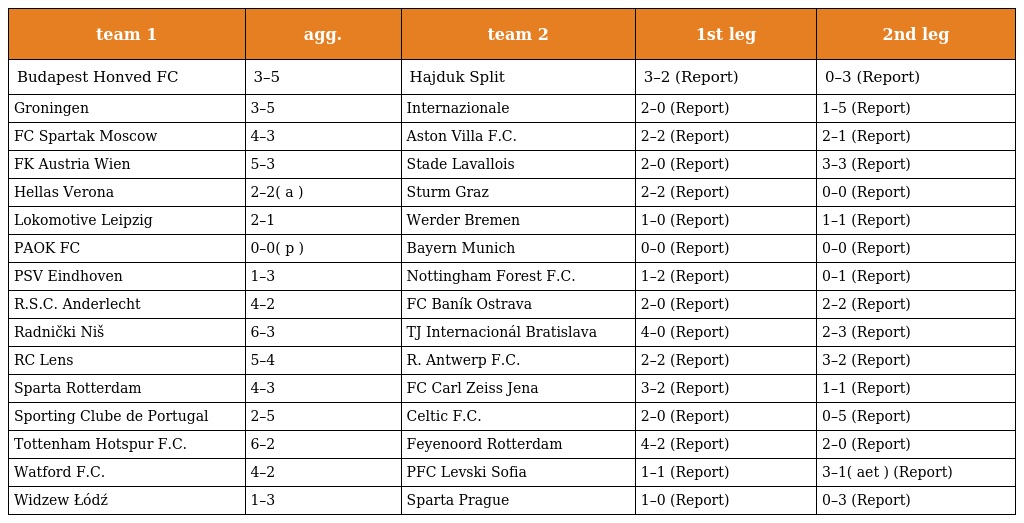
| team 1 | agg. | team 2 | 1st leg | 2nd leg |
 | --- | --- | --- | --- | --- |
 | Budapest Honved FC | 3–5 | Hajduk Split | 3–2 (Report) | 0–3 (Report) |
 | Groningen | 3–5 | Internazionale | 2–0 (Report) | 1–5 (Report) |
 | FC Spartak Moscow | 4–3 | Aston Villa F.C. | 2–2 (Report) | 2–1 (Report) |
 | FK Austria Wien | 5–3 | Stade Lavallois | 2–0 (Report) | 3–3 (Report) |
 | Hellas Verona | 2–2( a ) | Sturm Graz | 2–2 (Report) | 0–0 (Report) |
 | Lokomotive Leipzig | 2–1 | Werder Bremen | 1–0 (Report) | 1–1 (Report) |
 | PAOK FC | 0–0( p ) | Bayern Munich | 0–0 (Report) | 0–0 (Report) |
 | PSV Eindhoven | 1–3 | Nottingham Forest F.C. | 1–2 (Report) | 0–1 (Report) |
 | R.S.C. Anderlecht | 4–2 | FC Baník Ostrava | 2–0 (Report) | 2–2 (Report) |
 | Radnički Niš | 6–3 | TJ Internacionál Bratislava | 4–0 (Report) | 2–3 (Report) |
 | RC Lens | 5–4 | R. Antwerp F.C. | 2–2 (Report) | 3–2 (Report) |
 | Sparta Rotterdam | 4–3 | FC Carl Zeiss Jena | 3–2 (Report) | 1–1 (Report) |
 | Sporting Clube de Portugal | 2–5 | Celtic F.C. | 2–0 (Report) | 0–5 (Report) |
 | Tottenham Hotspur F.C. | 6–2 | Feyenoord Rotterdam | 4–2 (Report) | 2–0 (Report) |
 | Watford F.C. | 4–2 | PFC Levski Sofia | 1–1 (Report) | 3–1( aet ) (Report) |
 | Widzew Łódź | 1–3 | Sparta Prague | 1–0 (Report) | 0–3 (Report) |